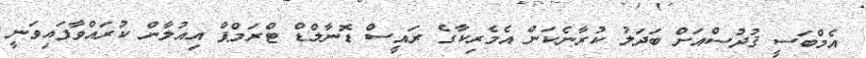
އެމްބަސީ ޤުދުސްއަށް ބަދަލު ކުރާނެކަން އެމެރިކާގެ ރައީސް ޑޮނާލްޑް ޓްރަމްޕް އިއުލާން ކުރައްވާފައިވަނީ